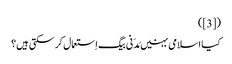
([3])
کیا اسلامی بہنیں مَدَنی بیگ اِستعمال کر سکتی ہیں؟